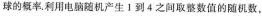
球的概率。利用电脑机产生1到4之间取整数值的随机数，